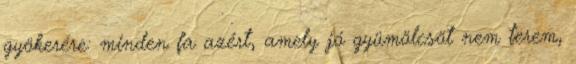
gyökerére: minden fa azért, amely jó gyümölcsöt nem terem,